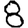
Digit: 8